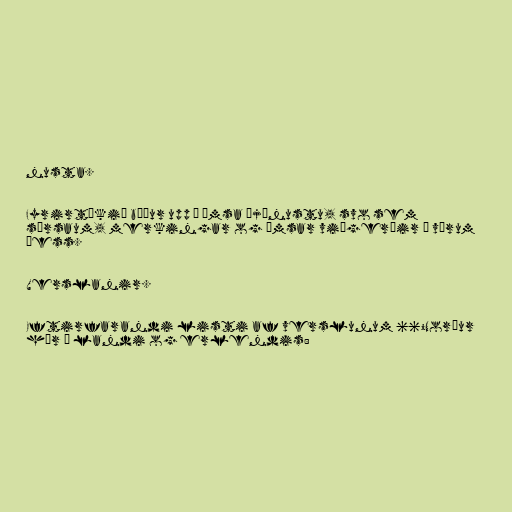
nusta.

Fyrirtækið býður upp á ýmsa þjónustu, svo sem
sérsaum, merkingar og ýmsar viðgerðir á vörum
þess.

Verslanir.

Eftirfarandi listi af verslunum 66°Norður
hér á landi og erlendis: